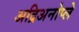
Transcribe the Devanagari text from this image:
अद्रिअनोप्ले